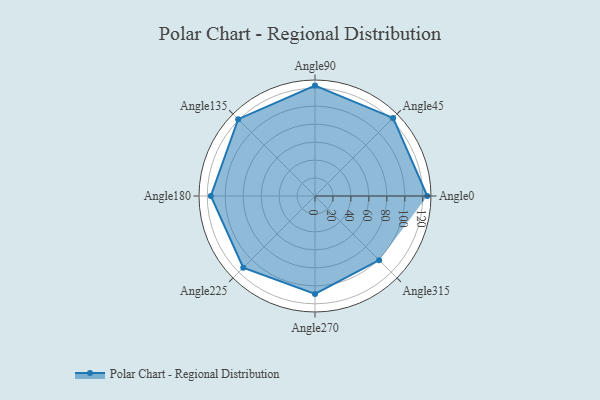
{"axis": {"x": "Angle", "y": "Radius"}, "legend": [""], "data": [{"x": "Angle0", "y": 125.0, "type": ""}, {"x": "Angle45", "y": 123.0, "type": ""}, {"x": "Angle90", "y": 123.0, "type": ""}, {"x": "Angle135", "y": 121.0, "type": ""}, {"x": "Angle180", "y": 116.0, "type": ""}, {"x": "Angle225", "y": 113.0, "type": ""}, {"x": "Angle270", "y": 109.0, "type": ""}, {"x": "Angle315", "y": 101.0, "type": ""}]}